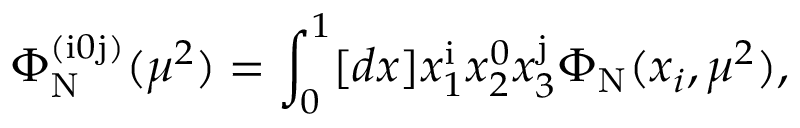
\Phi _ { \mathrm { N } } ^ { ( \mathrm { i } 0 \mathrm { j } ) } ( \mu ^ { 2 } ) = \int _ { 0 } ^ { 1 } [ d x ] x _ { 1 } ^ { \mathrm { i } } x _ { 2 } ^ { 0 } x _ { 3 } ^ { \mathrm { j } } \Phi _ { \mathrm { N } } ( x _ { i } , \mu ^ { 2 } ) ,